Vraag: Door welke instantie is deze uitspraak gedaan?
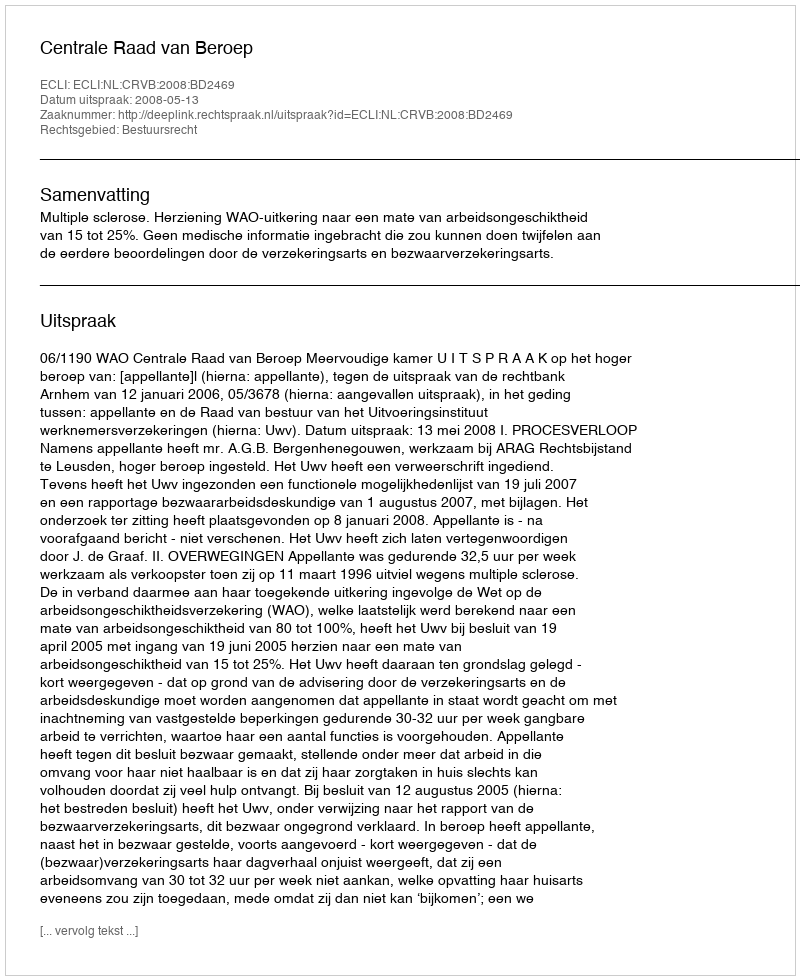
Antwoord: Centrale Raad van Beroep